Burma Government Medical School reports 1907-22
Year: 1907
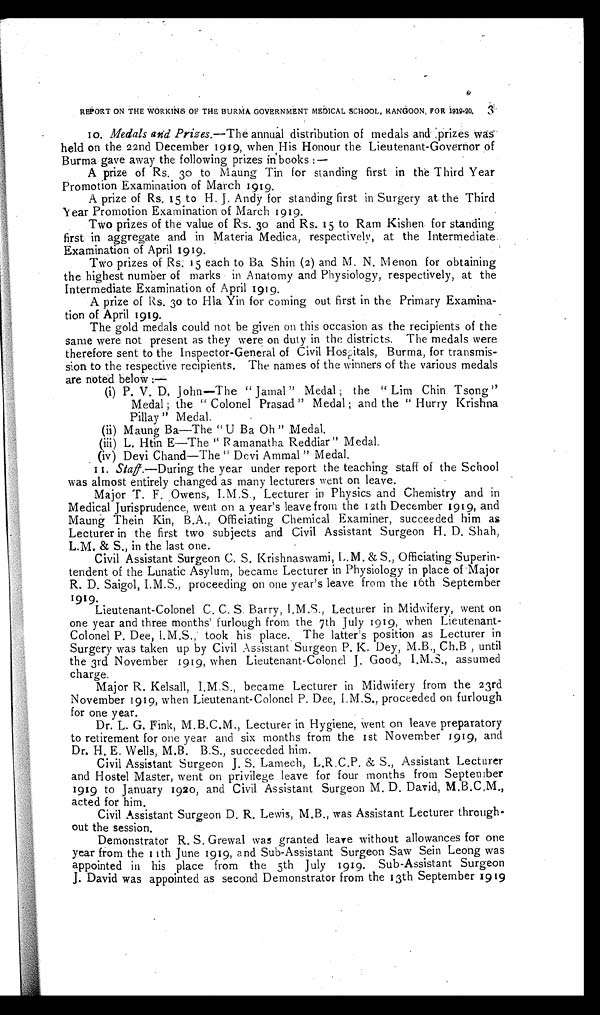
REPORT ON THE WORKING OF THE BURMA GOVERNMENT MEDICAL SCHOOL, RANGOON, FOR 1919-20.
3
10. Medals and Prizes.— The annual distribution of medals and prizes was
held on the 22nd December 1919, when His Honour the Lieutenant-Governor of
Burma gave away the following prizes in books:—
A prize of Rs. 30 to Maung Tin for standing first in the Third Year
Promotion Examination of March 1919.
A prize of Rs. 15 to H. J. Andy for standing first in Surgery at the Third
Year Promotion Examination of March 1919.
Two prizes of the value of Rs. 30 and Rs. 15 to Ram Kishen for standing
first in aggregate and in Materia Medica, respectively, at the Intermediate
Examination of April 1919.
Two prizes of Rs. 15 each to Ba Shin (2) and M. N. Menon for obtaining
the highest number of marks in Anatomy and Physiology, respectively, at the
Intermediate Examination of April 1919.
A prize of Rs. 30 to Hla Yin for coming out first in the Primary Examina
tion of April 1919.
The gold medals could not be given on this occasion as the recipients of the
same were not present as they were on duty in the districts. The medals were
therefore sent to the Inspector-General of Civil Hospitals, Burma, for transmis
sion to the respective recipients. The names of the winners of the various medals
are noted below:
—
(i) P. V. D. John—The "Jamal" Medal; the "Lim Chin Tsong
" Medal; the "Colonel Prasad" Medal; and the "Hurry Krishna
Pillay" Medal.
(ii) Maung Ba—The "U Ba Oh" Medal.
(iii) L. Htin E—The "Ramanatha Reddiar" Medal.
(iv) Devi Chand—The "Devi Ammal" Medal.
11. Staff.—During the year under report the teaching staff of the School
was almost entirely changed as many lecturers went on leave.
Major T. F. Owens, I.M.S., Lecturer in Physics and Chemistry and in
Medical Jurisprudence, went on a year's leave from the 12th December 1919, and
Maung Thein Kin, B.A., Officiating Chemical Examiner, succeeded him as
Lecturer in the first two subjects and Civil Assistant Surgeon H. D. Shah,
L.M. & S., in the last one.
Civil Assistant Surgeon C. S. Krishnaswami, L.M. & S., Officiating Superin
- t e n d e n t o f t h e L u n a t i c A s y l u m , b e c a m e L e c t u r e r i n P h y s i o l o g y i n p l a c e o f M a j o r
R. D. Saigol, I.M.S., proceeding on one year's leave from the 16th September
1919.
Lieutenant-Colonel C. C. S. Barry, I.M.S., Lecturer in Midwifery, went on
one year and three months' furlough from the 7th July 1919, when Lieutenant-
Colonel P. Dee, I.M.S., took his place. The latter's position as Lecturer in
Surgery was taken up by Civil Assistant Surgeon P. K. Dey, Ch.B , until
the 3rd November 1919, when Lieutenant-Colonel J. Good, I.M.S., assumed
charge.
Major R. Kelsall, I.M.S., became Lecturer in Midwifery from the 23rd
November 1919, when Lieutenant-Colonel P. Dee, I.M.S., proceeded on furlough
for one year.
Dr. L. G. Fink, M.B.C.M., Lecturer in Hygiene, went on leave preparatory
to retirement for one year and six months from the 1st November 1919, and
Dr. H. E. Wells, M.B. B.S., succeeded him.
Civil Assistant Surgeon J. S. Lamech, L.R.C.P. & S., Assistant Lecturer
and Hostel Master, went on privilege leave for four months from September
1919 to January 1920, and Civil Assistant Surgeon M. D. David, M.B.C.M.,
acted for him.
Civil Assistant Surgeon D. R. Lewis, M.B., was Assistant Lecturer through
-out the session.
Demonstrator R. S. Grewal was granted leave without allowances for one
year from the 11th June 1919, and Sub-Assistant Surgeon Saw Sein Leong was
appointed in his place from the 5th July 1919. Sub-Assistant Surgeon
J. David was appointed as second Demonstrator from the 13th September 1919